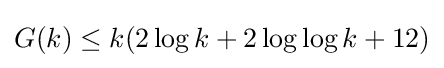
G(k)\leq k(2\log k+2\log \log k+12)